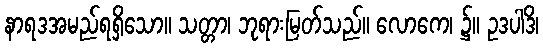
နာရဒအမည်ရရှိသော။ သတ္တာ၊ ဘုရားမြတ်သည်။ လောကေ၊ ၌။ ဥဒပါဒိ၊